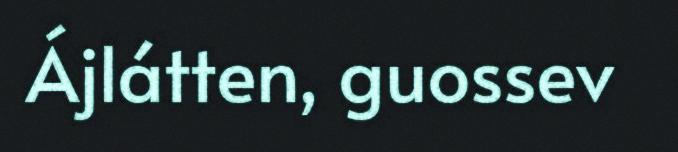
Ájlátten, guossev